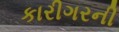
કારીગરની